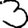
Digit: 3